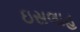
ઇસલાહ